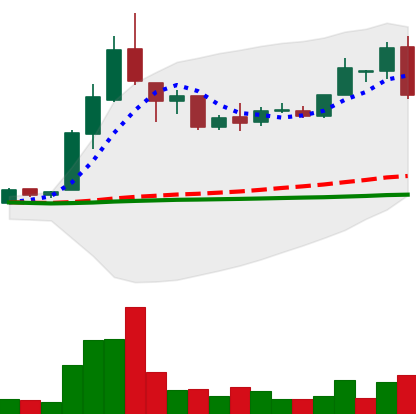
Ticker: LTC-USD
Chart end date: 2016-05-10
Forward return: 6.388%
Label: up_5_7